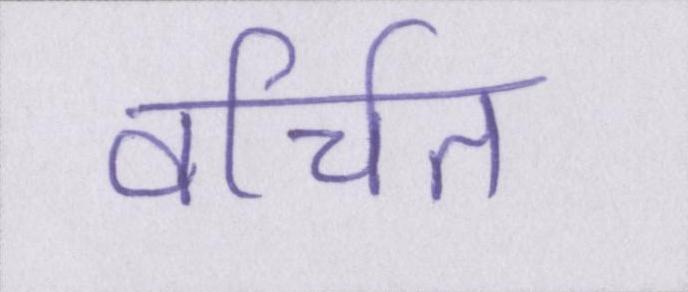
वर्जित